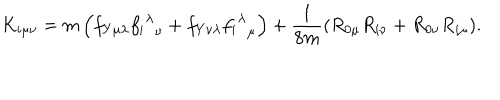
K _ { i \mu \nu } = m \left( f _ { Y \mu \lambda } { { f _ { i } } ^ { \lambda } } _ { \nu } + f _ { Y \nu \lambda } { { f _ { i } } ^ { \lambda } } _ { \mu } \right) + \frac { 1 } { 8 m } ( R _ { 0 \mu } R _ { i \nu } + R _ { 0 \nu } R _ { i \mu } ) .